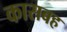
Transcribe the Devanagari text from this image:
कासबह